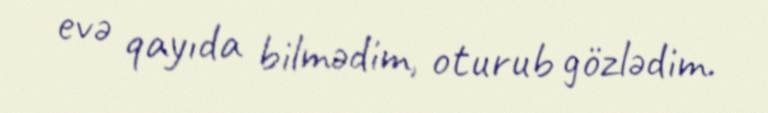
evə qayıda bilmədim, oturub gözlədim.